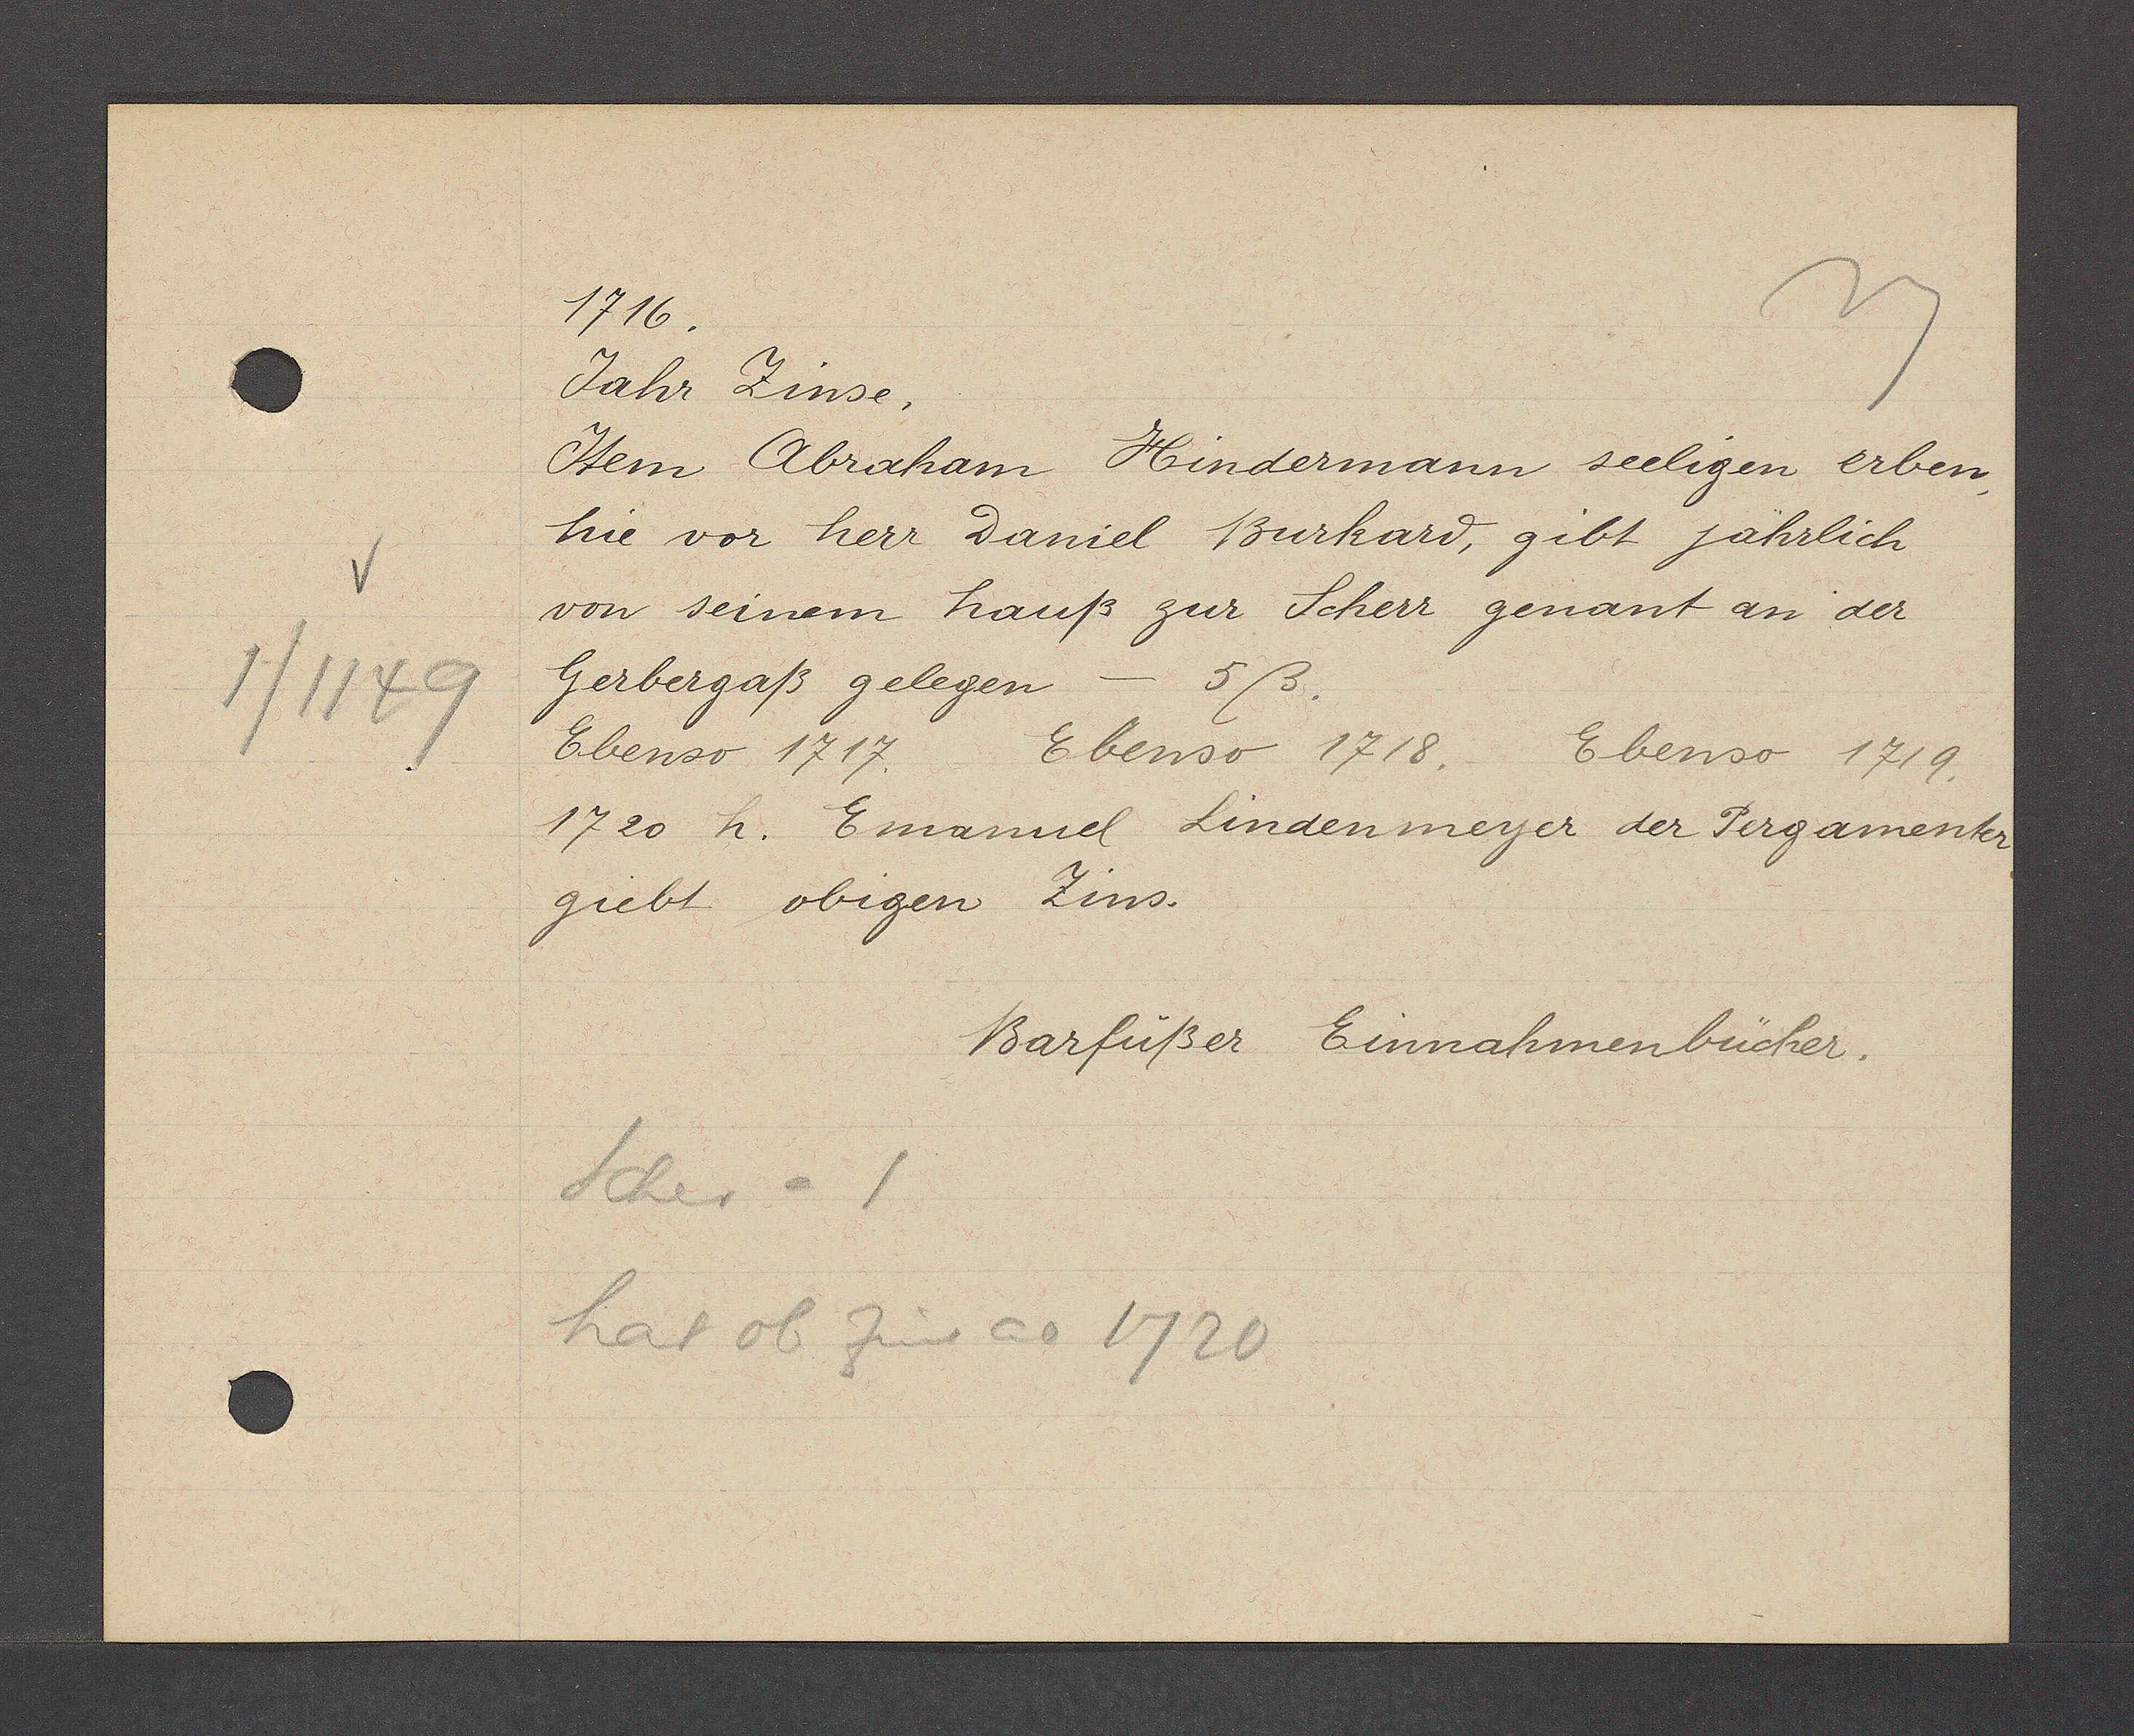
Transcript:
1/1149

1716.

Jahr Zinse.
Item Abraham Hindermann seeligen erben
hie vor herr Daniel Burkard, gibt jährlich
von seinem hauß zur Scherr genant an der
Gerbergaß gelegen - 5ß.
Ebenso 1717.
Ebenso 1718.
Ebenso 1719.
1720 h. Emanuel Lindenmeyer der Pergamenter
giebt obigen Zins.

Scher = 1
hat ob Zins ao 1720

Barfüßer Einnahmenbücher.